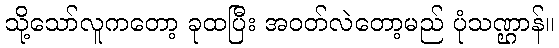
သို့သော်လူကတော့ ခုထပြီး အဝတ်လဲတော့မည် ပုံသဏ္ဌာန်။